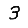
Digit: 3